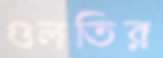
গুলতির